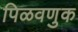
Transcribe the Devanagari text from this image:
पिळवणुक